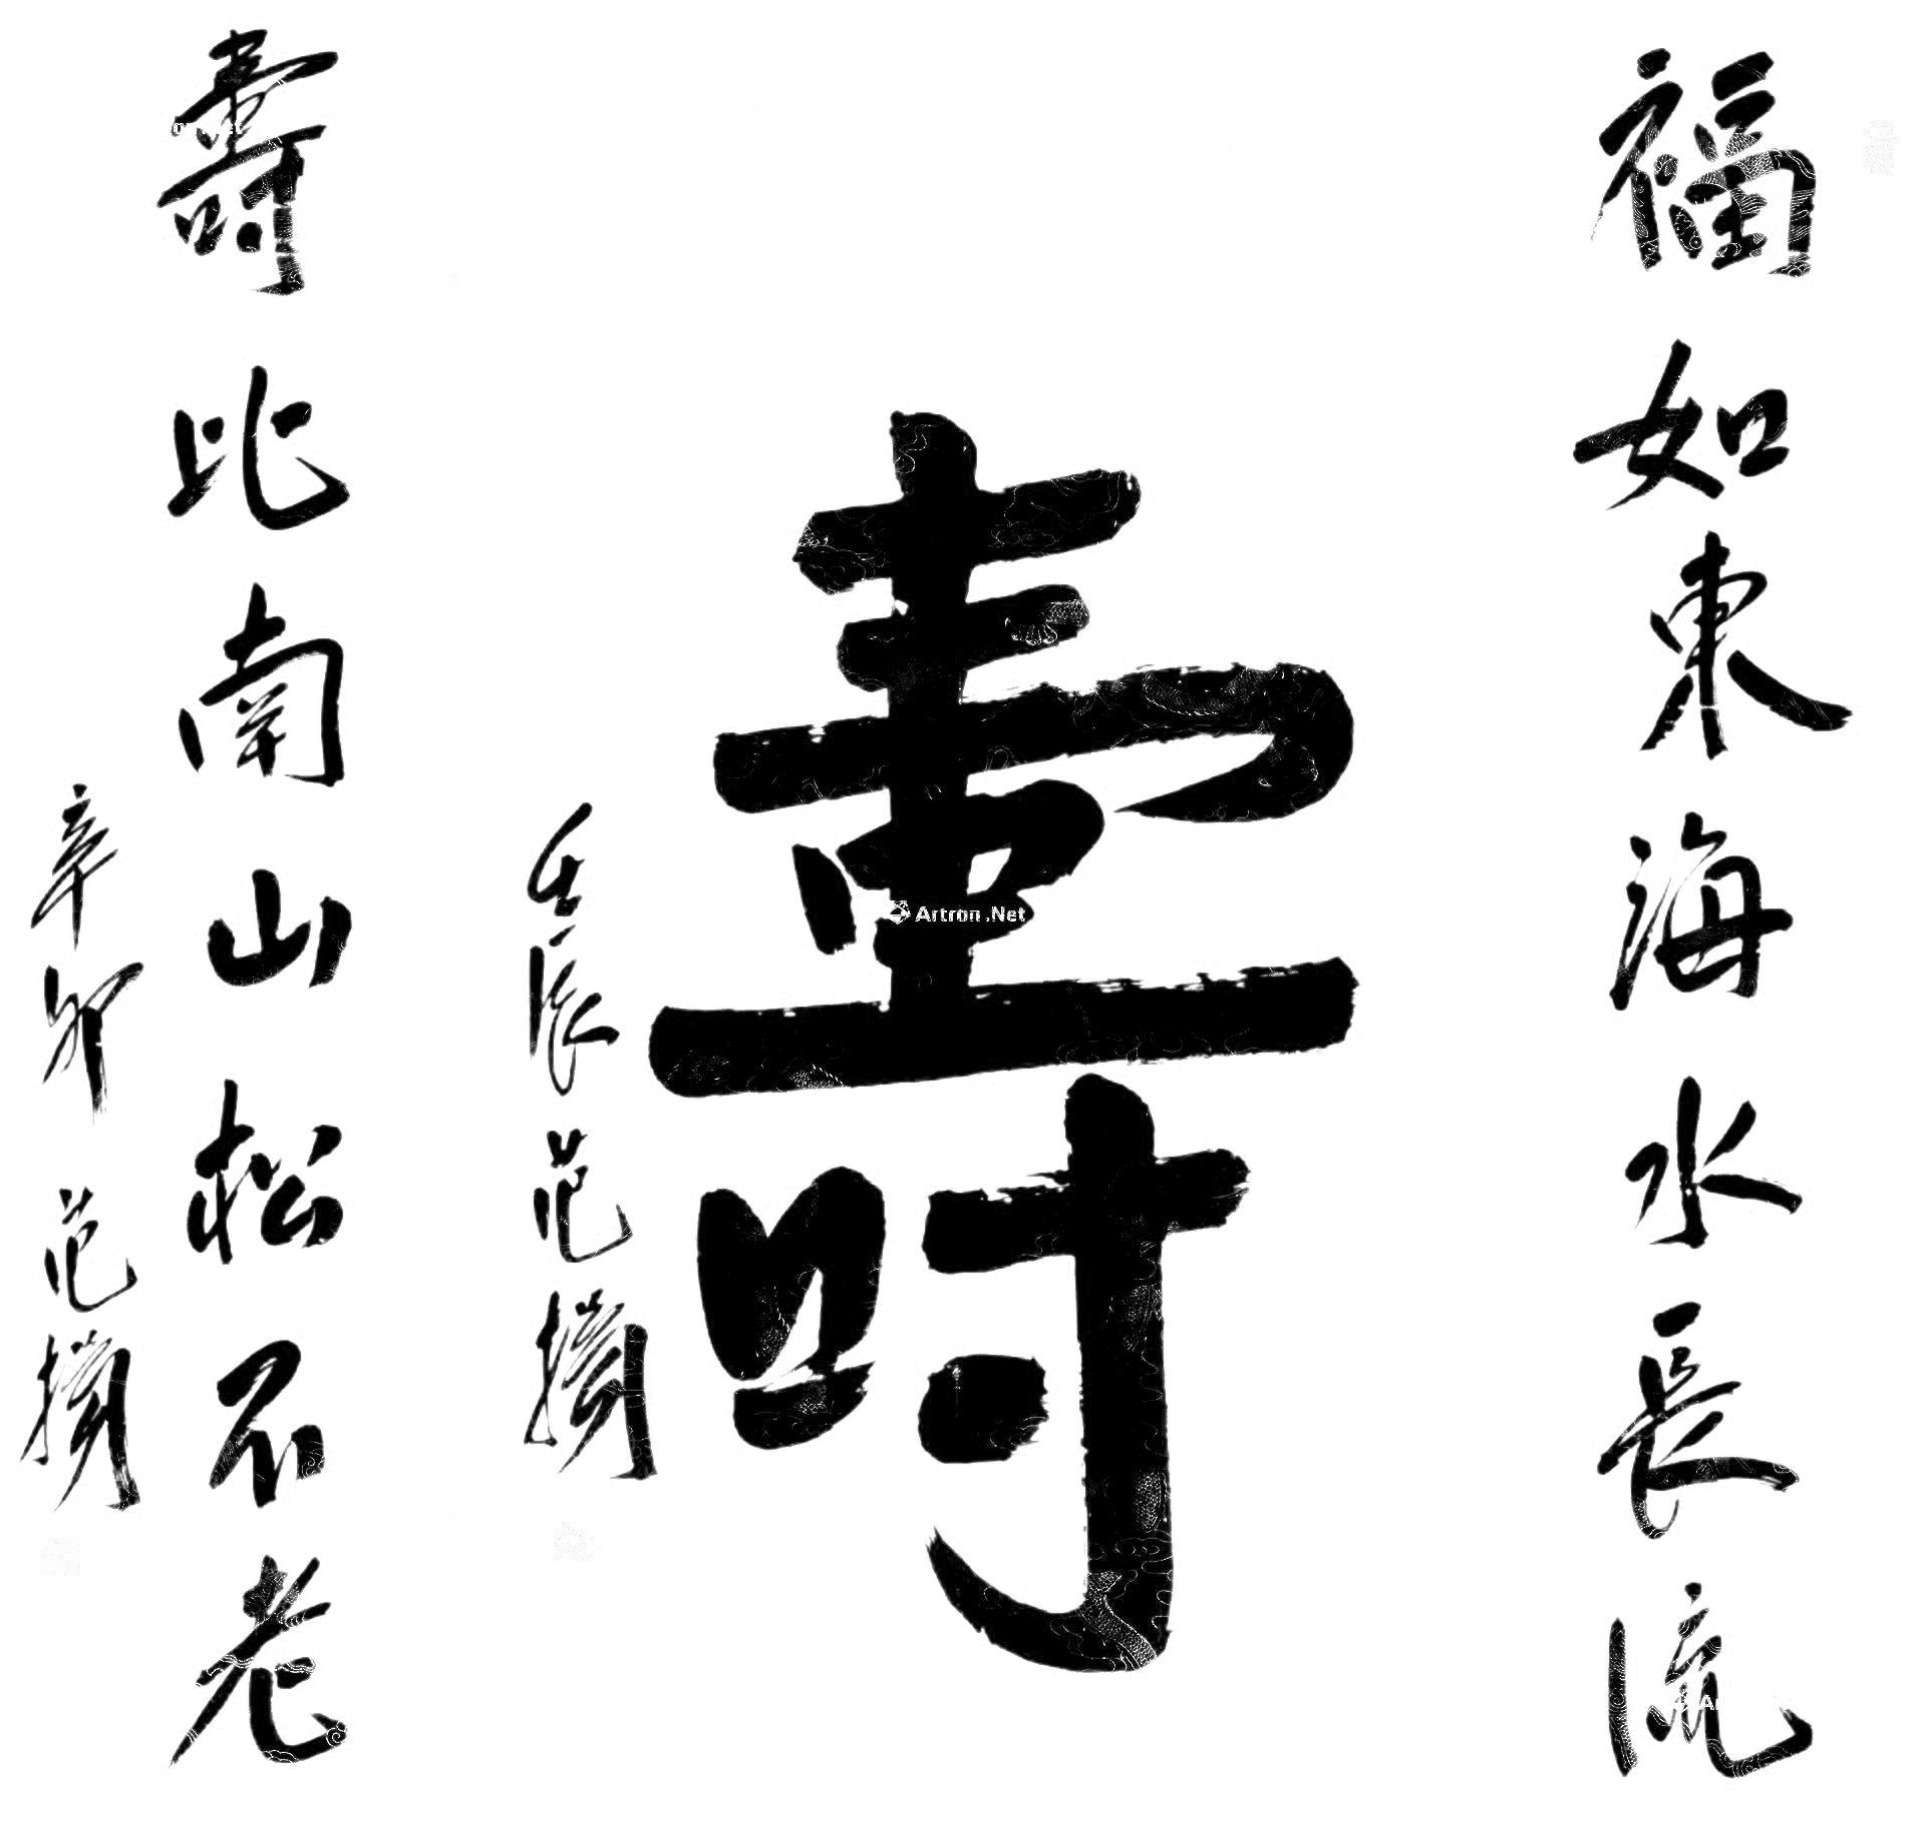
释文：福如东海水长流，寿比南山松不老。（辛卯范扬）。